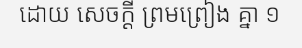
ដោយ សេចក្តី ព្រមព្រៀង គ្នា ១